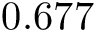
0 . 6 7 7